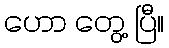
ဟော တွေ့ ပြီ။